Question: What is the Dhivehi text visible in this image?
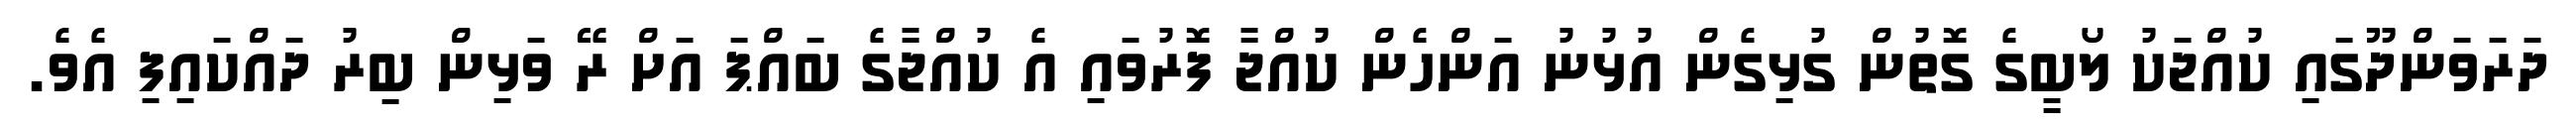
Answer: ދަރަވަންދޫގައި ކުއްޖަކު ލޯބީގެ ގޮތުން ގުޅިގެން އުޅުނު އަންހެން ކުއްޖާ ފޮރުވައި އެ ކުއްޖާގެ ބައްޕަ އަށް ރޭ ވަޅިން ބިރު ދައްކައިފި އެވެ.